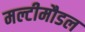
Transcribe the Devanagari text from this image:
मल्टीमौडल